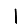
Digit: 1